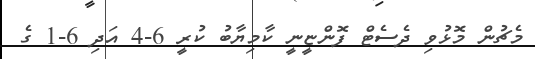
މެޗުން މޮޅުވި ދެސެޓް ފޮންޏީނީ ކާމިޔާބު ކުރީ 6-4 އަދި 6-1 ގެ